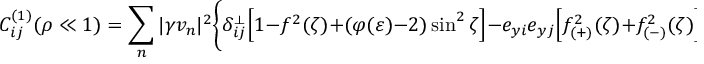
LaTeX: C _ { i j } ^ { ( 1 ) } ( \rho \ll 1 ) = \sum _ { n } ^ { } | \gamma v _ { n } | ^ { 2 } \Biggl \{ \delta _ { i j } ^ { \perp } \Bigl [ 1 - f ^ { 2 } ( \zeta ) + ( \varphi ( \varepsilon ) - 2 ) \sin ^ { 2 } \zeta \Bigr ] - e _ { y i } e _ { y j } \Bigl [ f _ { ( + ) } ^ { 2 } ( \zeta ) + f _ { ( - ) } ^ { 2 } ( \zeta ) \Bigr ] \Biggr \} \, ,